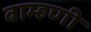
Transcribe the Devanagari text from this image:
बाम्हणी